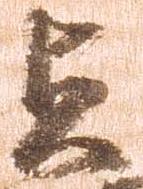
貞